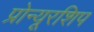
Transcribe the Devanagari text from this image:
प्रोन्‍यूरशिप